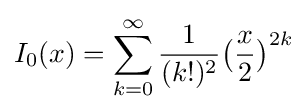
I_{0}(x)=\sum _{k=0}^{\infty }{\frac {1}{(k!)^{2}}}{\big (}{\frac {x}{2}}{\big )}^{2k}